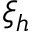
\xi _ { h }